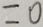
= 0